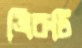
ত্রিরুটি